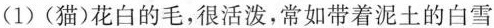
(1)(猫)花白的毛，很活泼，常如带着泥土的白雪